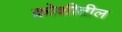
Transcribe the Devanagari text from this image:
क्रोशीतील